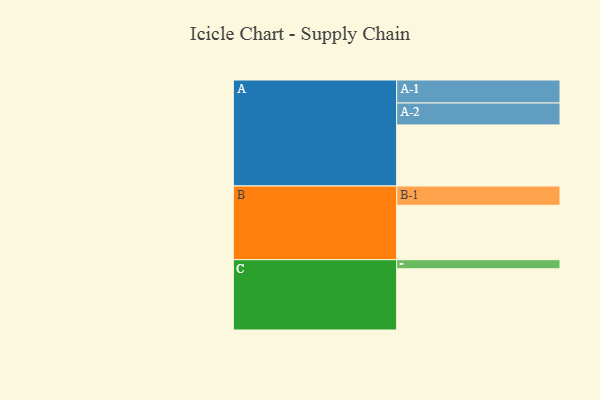
{"axis": {"x": "Segment", "y": "Value"}, "legend": ["", "A", "B", "C"], "data": [{"x": "A", "y": 563, "type": ""}, {"x": "B", "y": 501, "type": ""}, {"x": "C", "y": 564, "type": ""}, {"x": "A-1", "y": 212, "type": "A"}, {"x": "A-2", "y": 202, "type": "A"}, {"x": "B-1", "y": 178, "type": "B"}, {"x": "C-1", "y": 84, "type": "C"}]}